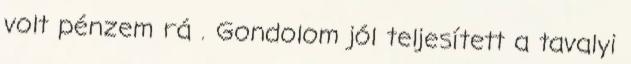
volt pénzem rá . Gondolom jól teljesített a tavalyi